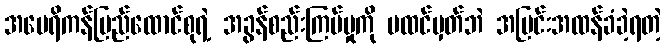
အမေရိကန်ပြည်ထောင်စုရဲ့ အခွန်စည်းကြပ်မှုကို မထင်မှတ်ဘဲ အပြင်းအထန်ခံခဲ့ရတဲ့